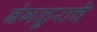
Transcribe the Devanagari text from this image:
बंगळुराचे